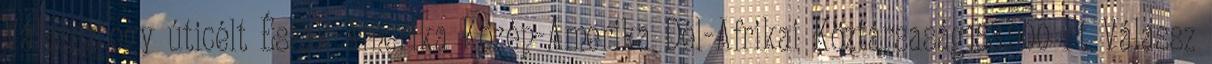
Válassz egy úticélt Észak-Amerika Közép-Amerika Dél-Afrikai Köztársaság153.900 Ft Válassz